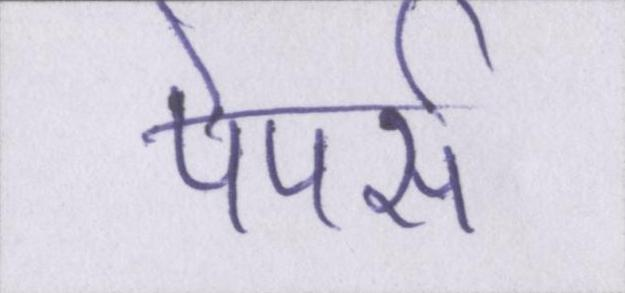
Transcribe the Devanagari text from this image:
पेपर्स